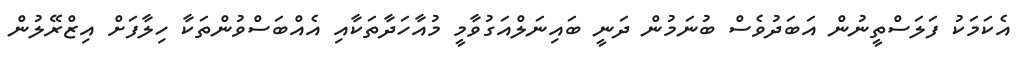
އެކަމަކު ފަލަސްތީނުން އަބަދުވެސް ބުނަމުން ދަނީ ބައިނަލްއަގުވާމީ މުއާހަދާތަކާއި އެއްބަސްވުންތަކާ ހިލާފަށް އިޒްރޭލުން